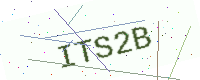
Text: ITS2B